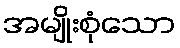
အမျိုးစုံသော